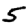
Digit: 5